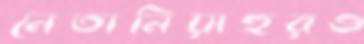
নেতানিয়াহুরও